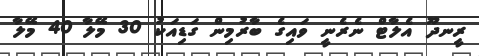
ރީނދޫ އެލާޓް ނެރެނީ ވައިގެ ބާރުމިން ގަޑިއަކު 30 މޭލާ 40 މޭލާ